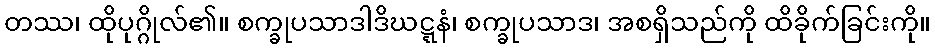
တဿ၊ ထိုပုဂ္ဂိုလ်၏။ စက္ခုပသာဒါဒိဃဋ္ဋနံ၊ စက္ခုပသာဒ၊ အစရှိသည်ကို ထိခိုက်ခြင်းကို။